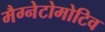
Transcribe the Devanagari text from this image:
मैग्नेटोमोटिव